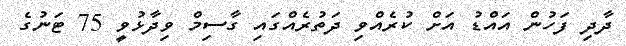
ދާދި ފަހުން އައްޑު އަށް ކުރެއްވި ދަތުރެއްގައި ގާސިމް ވިދާޅުވީ 75 ޓަނުގެ